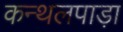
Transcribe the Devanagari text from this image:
कन्थलपाड़ा